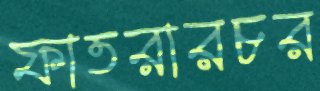
ফাতরারচর